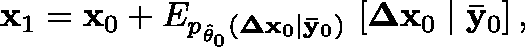
\mathbf { x } _ { 1 } = \mathbf { x } _ { 0 } + \mathbb { E } _ { p _ { \hat { \theta } _ { 0 } } ( \mathbf { \Delta x } _ { 0 } \mid \mathbf { \bar { y } } _ { 0 } ) } \, \left[ \mathbf { \Delta x } _ { 0 } \mid \mathbf { \bar { y } } _ { 0 } \right] ,